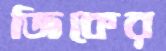
জিকের